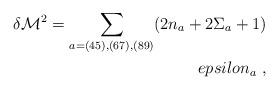
LaTeX: \begin{align*}\delta {\cal M}^2 = \sum_{a=(45),(67),(89)} (2 n_a + 2 \Sigma_a +1)\\epsilon_a \ ,\end{align*}